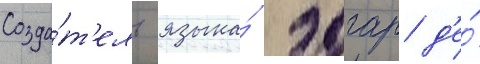
Созда́т'ель языка́ эдгар д'е́